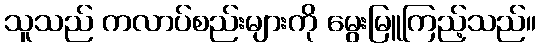
သူသည် ကလာပ်စည်းများကို မွေးမြူကြည့်သည်။